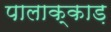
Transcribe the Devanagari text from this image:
पालाक्काड़